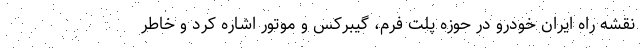
نقشه راه ایران خودرو در حوزه پلت فرم، گیبرکس و موتور اشاره کرد و خاطر